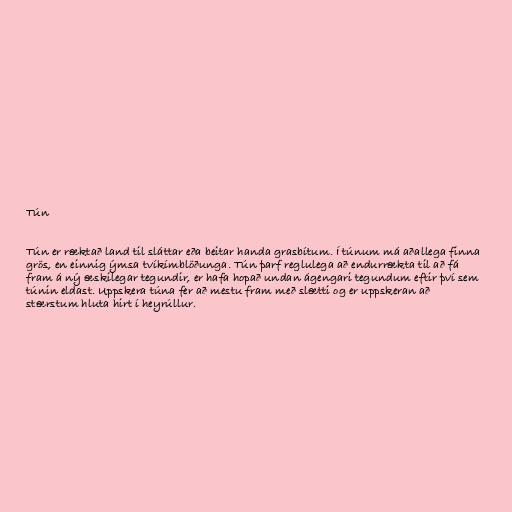
Tún

Tún er ræktað land til sláttar eða beitar handa grasbítum. Í túnum má aðallega finna
grös, en einnig ýmsa tvíkímblöðunga. Tún þarf reglulega að endurrækta til að fá
fram á ný æskilegar tegundir, er hafa hopað undan ágengari tegundum eftir því sem
túnin eldast. Uppskera túna fer að mestu fram með slætti og er uppskeran að
stærstum hluta hirt í heyrúllur.